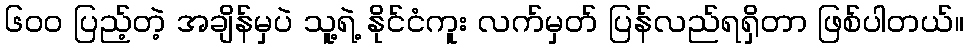
၆၀၀ ပြည့်တဲ့ အချိန်မှပဲ သူ့ရဲ့ နိုင်ငံကူး လက်မှတ် ပြန်လည်ရရှိတာ ဖြစ်ပါတယ်။